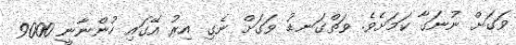
ވަގަށް ނުނަގާ ކަމަށެވެ. ވަތްގަނޑު ވަގަށް ނެގި އިރު އޭގައި ހުންނާނީ 9000